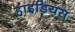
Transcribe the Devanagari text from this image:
हाइडियस